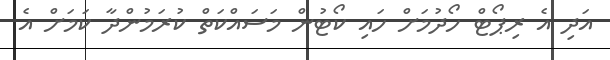
އަދި އެ ރިޕޯޓް ހޯދުމަށް ހައި ކޯޓުން މަސައްކަތް ކުރަމުންދާ ކަމަށް އެ